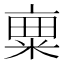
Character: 𱹌